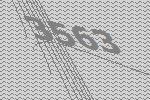
3563